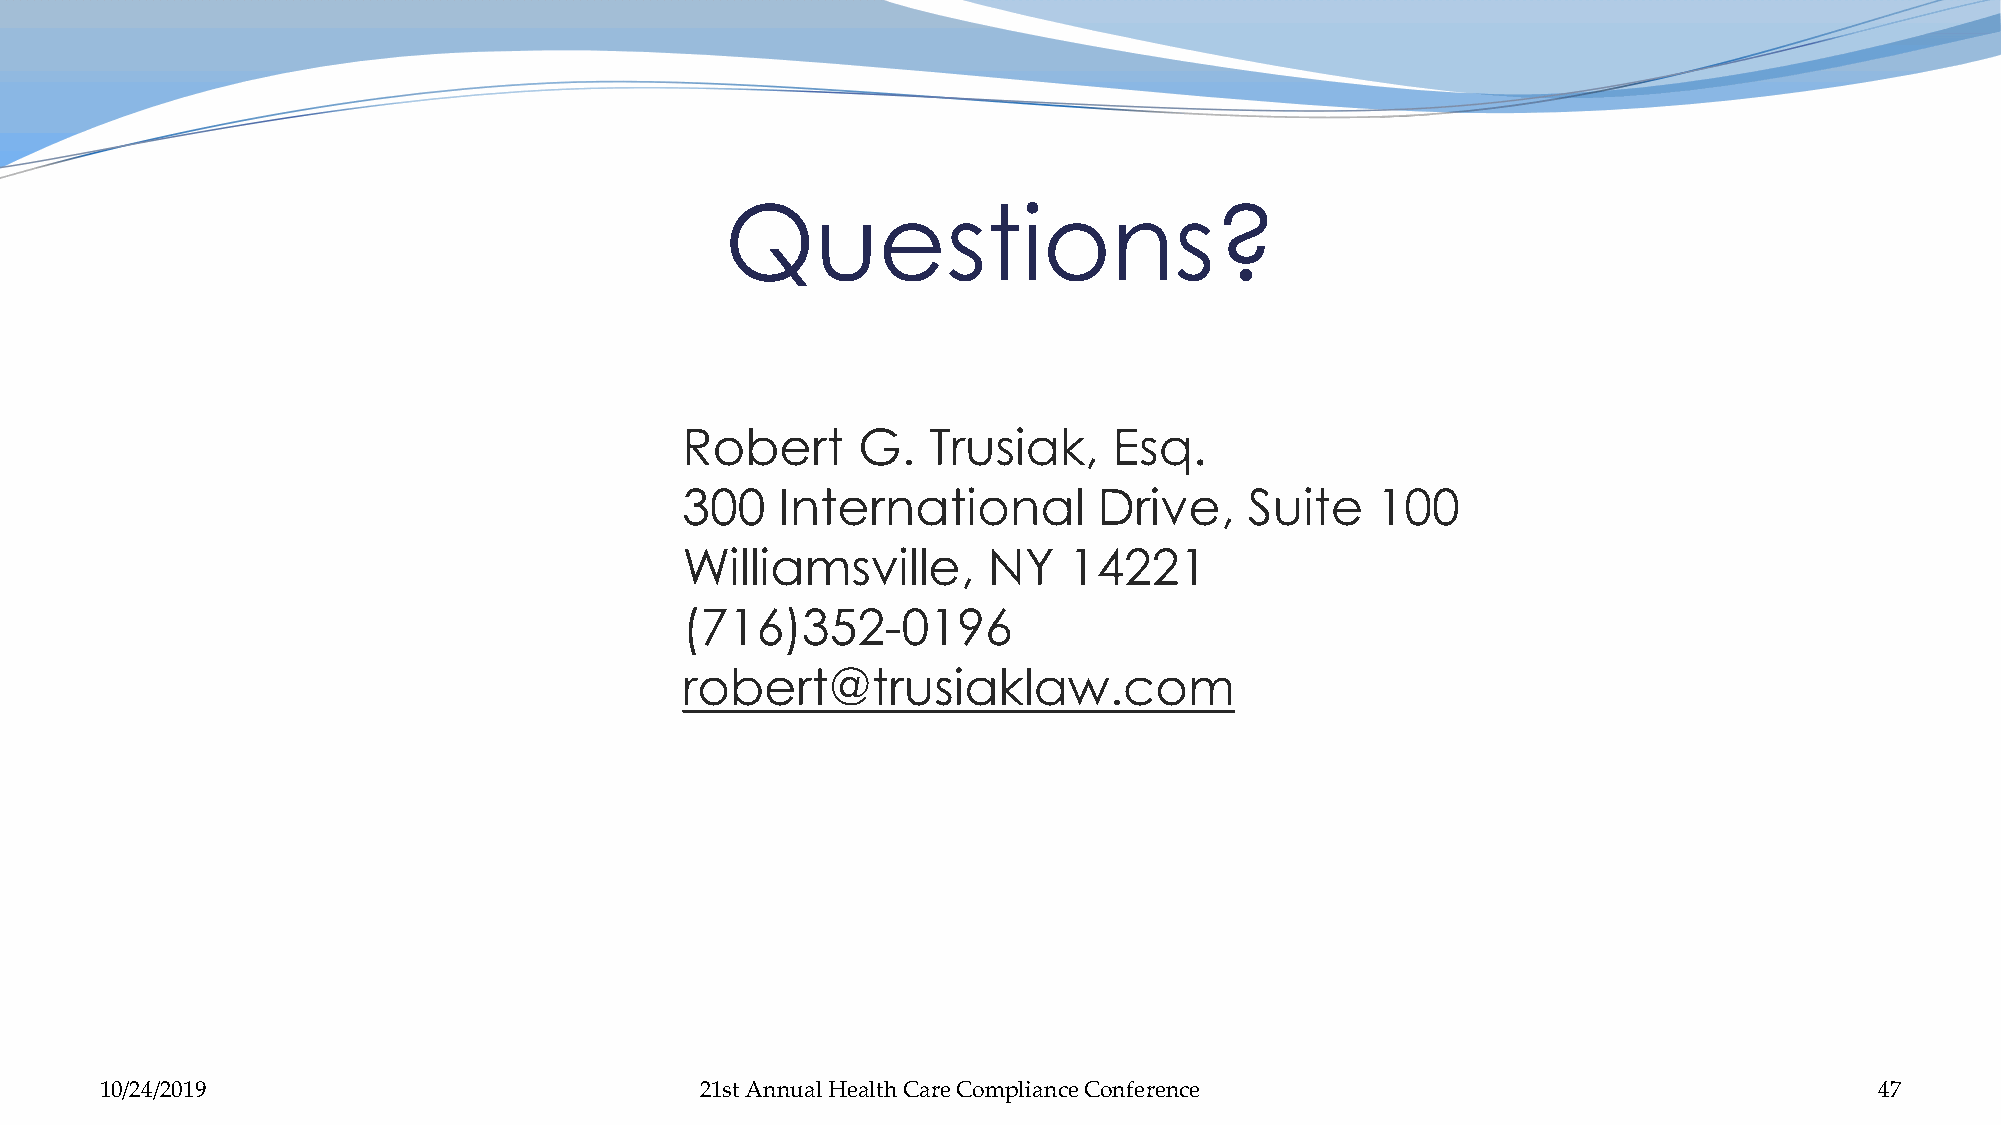
Questions?
 Robert      G.  Trusiak,     Esq.
 300    International        Drive,    Suite   100
 Williamsville,      NY    14221
 (716)352-0196
 robert@trusiaklaw.com
 10/24/2019                             21st Annual Health Care Compliance Conference                                 47